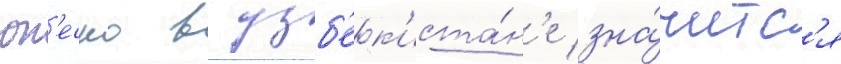
юн'еско в узб'ек'иста́н'е зна́читс'я